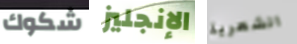
شكوك الإنجليز الشعرية